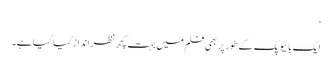
‘
ایک بائیوپک کے طور پر بھی فلم میں بہت کچھ نظرانداز کیا گیا ہے۔